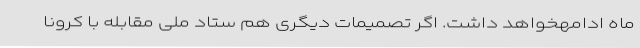
ماه ادامهخواهد داشت. اگر تصمیمات دیگری هم ستاد ملی مقابله با کرونا